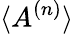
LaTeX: \langle A^{(n)}\rangle